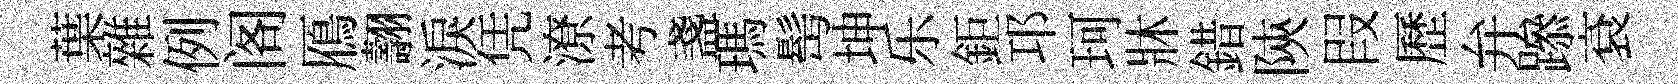
葉雜例阁鴈翿淚凭潦考盞瑪髩坤乐鉅邛珂牀錯陝叚歷弁𨅶袞